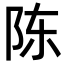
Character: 陈